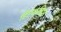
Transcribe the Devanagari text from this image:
हिरेक्लिट्स